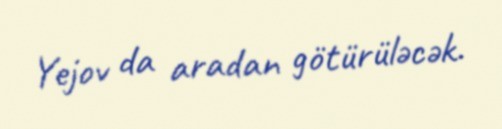
Yejov da aradan götürüləcək.